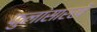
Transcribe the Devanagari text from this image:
फुलांसारखे